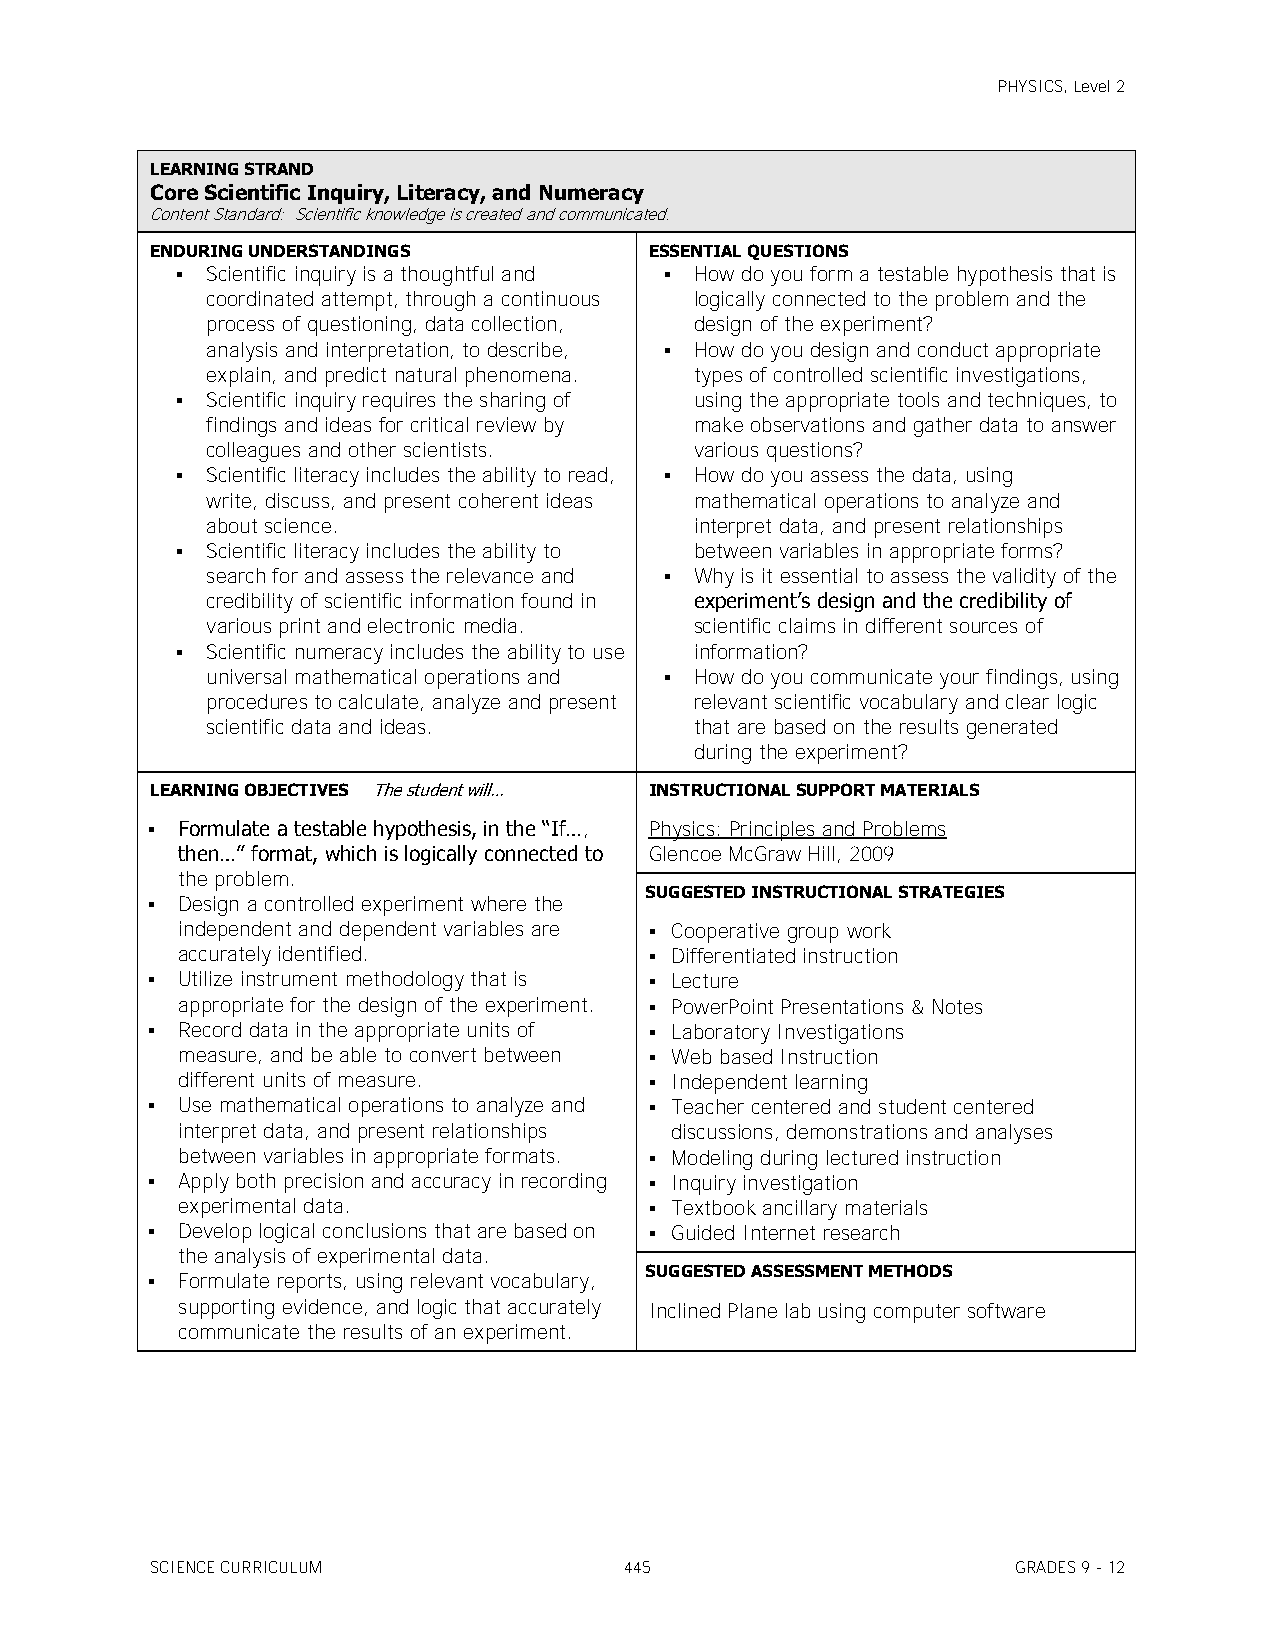
PHYSICS, Level 2
 LEARNING STRAND
 Core Scientific Inquiry, Literacy, and Numeracy
 Content Standard: Scientific knowledge is created and communicated.
 ENDURING UNDERSTANDINGS          ESSENTIAL QUESTIONS
  Scientific inquiry is a thoughtful and  How do you form a testable hypothesis that is
 coordinated attempt, through a continuous logically connected to the problem and the
 process of questioning, data collection, design of the experiment?
 analysis and interpretation, to describe,  How do you design and conduct appropriate
 explain, and predict natural phenomena. types of controlled scientific investigations,
  Scientific inquiry requires the sharing of using the appropriate tools and techniques, to
 findings and ideas for critical review by make observations and gather data to answer
 colleagues and other scientists. various questions?
  Scientific literacy includes the ability to read,  How do you assess the data, using
 write, discuss, and present coherent ideas mathematical operations to analyze and
 about science.                  interpret data, and present relationships
  Scientific literacy includes the ability to between variables in appropriate forms?
 search for and assess the relevance and  Why is it essential to assess the validity of the
 credibility of scientific information found in experiment’s design and the credibility of
 various print and electronic media. scientific claims in different sources of
  Scientific numeracy includes the ability to use information?
 universal mathematical operations and  How do you communicate your findings, using
 procedures to calculate, analyze and present relevant scientific vocabulary and clear logic
 scientific data and ideas.      that are based on the results generated
 during the experiment?
 LEARNING OBJECTIVES The student will… INSTRUCTIONAL SUPPORT MATERIALS
  Formulate a testable hypothesis, in the ―If…, Physics: Principles and Problems
 then…‖ format, which is logically connected to Glencoe McGraw Hill, 2009
 the problem.
 SUGGESTED INSTRUCTIONAL STRATEGIES
  Design a controlled experiment where the
 independent and dependent variables are  Cooperative group work
 accurately identified.          Differentiated instruction
  Utilize instrument methodology that is  Lecture
 appropriate for the design of the experiment.  PowerPoint Presentations & Notes
  Record data in the appropriate units of  Laboratory Investigations
 measure, and be able to convert between  Web based Instruction
 different units of measure.     Independent learning
  Use mathematical operations to analyze and  Teacher centered and student centered
 interpret data, and present relationships discussions, demonstrations and analyses
 between variables in appropriate formats.  Modeling during lectured instruction
  Apply both precision and accuracy in recording  Inquiry investigation
 experimental data.              Textbook ancillary materials
  Develop logical conclusions that are based on  Guided Internet research
 the analysis of experimental data.
 SUGGESTED ASSESSMENT METHODS
  Formulate reports, using relevant vocabulary,
 supporting evidence, and logic that accurately Inclined Plane lab using computer software
 communicate the results of an experiment.
 SCIENCE CURRICULUM             445                       GRADES 9 - 12